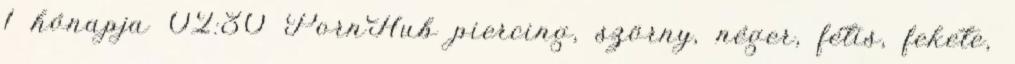
1 hónapja 02:30 PornHub piercing, szörny, néger, fétis, fekete,